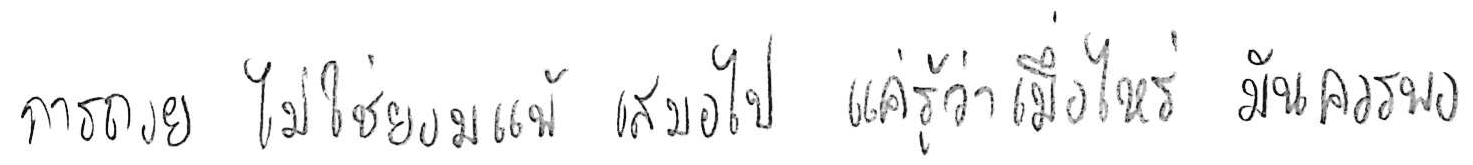
การถอย ไม่ใช่ยอมแพ้ เสมอไป แค่รู้ว่าเมื่อไหร่ มันควรพอ